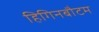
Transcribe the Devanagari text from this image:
हिगिनबौटम